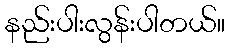
နည်းပါးလွန်းပါတယ်။